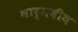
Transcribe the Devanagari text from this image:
भार्गवीय